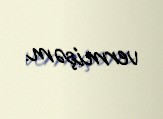
vermişəm.